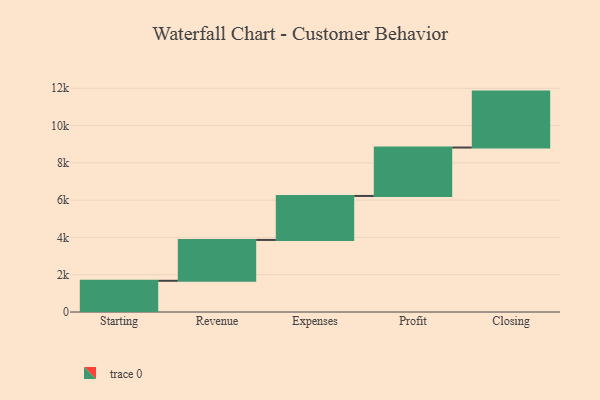
{"axis": {"x": "Step", "y": "Value"}, "legend": [""], "data": [{"x": "Starting", "y": 1674.0, "type": ""}, {"x": "Revenue", "y": 2192.0, "type": ""}, {"x": "Expenses", "y": 2359.0, "type": ""}, {"x": "Profit", "y": 2597.0, "type": ""}, {"x": "Closing", "y": 3000, "type": ""}]}